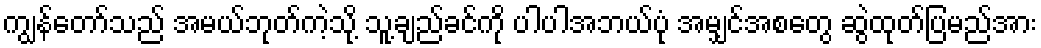
ကျွန်တော်သည် အမယ်ဘုတ်ကဲ့သို့ သူ့ချည်ခင်ကို ပါပါအဘယ်ပုံ အမျှင်အစတွေ ဆွဲထုတ်ပြမည်အား